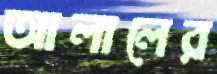
আলালের